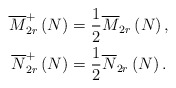
\begin{align*}\overline{M}_{2r}^{+}\left(N\right)&= \frac{1}{2}\overline{M}_{2r}\left(N\right), \\\overline{N}_{2r}^{+}\left(N\right)&= \frac{1}{2}\overline{N}_{2r}\left(N\right).\end{align*}